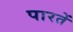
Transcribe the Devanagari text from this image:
पारतें